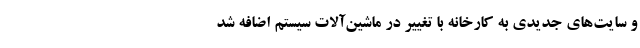
و سایت‌های جدیدی به کارخانه با تغییر در ماشین‌آلات سیستم اضافه شد